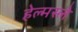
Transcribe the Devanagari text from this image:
हेल्मस्ले